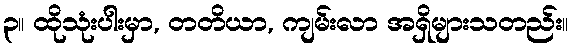
၃။ ထိုသုံးပါးမှာ, တတိယာ, ကျမ်းလာ အရှိများသတည်း။